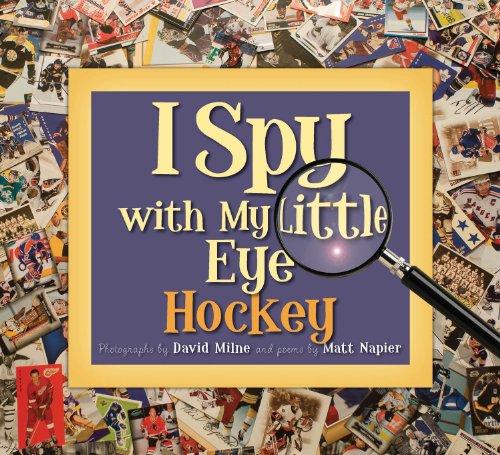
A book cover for I Spy with My Little Eye Hockey; Matt Napier; Children's Books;